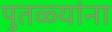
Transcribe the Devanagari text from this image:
पुतळ्यांना